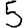
Digit: 5